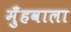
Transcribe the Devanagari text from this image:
मुँहवाला